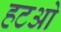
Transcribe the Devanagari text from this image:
हटओ